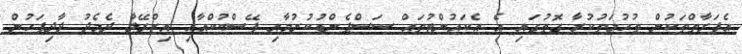
އެފަރާތްތަކުން ތުހުމަތުކުރާ ގޮތުގައި އެ އެކައުންޓުތައް ސަސްޕެންޑުކުރުމާއި ފޭސްބުކްއާއި އިޒްރޭލާ ދެމެދު ދާދިފަހުން